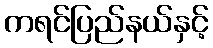
ကရင်ပြည်နယ်နှင့်